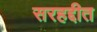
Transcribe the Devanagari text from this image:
सरहद्दीत